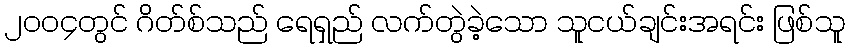
၂၀၀၄တွင် ဂိတ်စ်သည် ရေရှည် လက်တွဲခဲ့သော သူငယ်ချင်းအရင်း ဖြစ်သူ